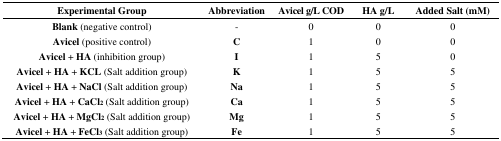
<table><thead><tr><td><b>Experimental Group</b></td><td><b>Abbreviation</b></td><td><b>Avicel g/L COD</b></td><td><b>HA g/L</b></td><td><b>Added Salt (mM)</b></td></tr></thead><tbody><tr><td><b>Blank</b> (negative control)</td><td><b>-</b></td><td>0</td><td>0</td><td>0</td></tr><tr><td><b>Avicel</b> (positive control)</td><td><b>C</b></td><td>1</td><td>0</td><td>0</td></tr><tr><td><b>Avicel + HA</b> (inhibition group)</td><td><b>I</b></td><td>1</td><td>5</td><td>0</td></tr><tr><td><b>Avicel + HA + KCL</b> (Salt addition group)</td><td><b>K</b></td><td>1</td><td>5</td><td>5</td></tr><tr><td><b>Avicel + HA + NaCl</b> (Salt addition group)</td><td><b>Na</b></td><td>1</td><td>5</td><td>5</td></tr><tr><td><b>Avicel + HA + CaCl<sub>2</sub></b> (Salt addition group)</td><td><b>Ca</b></td><td>1</td><td>5</td><td>5</td></tr><tr><td><b>Avicel + HA + MgCl<sub>2</sub></b> (Salt addition group)</td><td><b>Mg</b></td><td>1</td><td>5</td><td>5</td></tr><tr><td><b>Avicel + HA + FeCl<sub>3</sub></b> (Salt addition group)</td><td><b>Fe</b></td><td>1</td><td>5</td><td>5</td></tr></tbody></table>